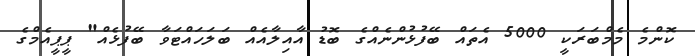
ކޮންމެ މެމްބަރަކީ 5000 އެތައް ބޭފުޅުންނެއްގެ ބޮޑު އާއިލާއެއް ބަލަހައްޓަވާ ބޭފުޅެއް" ޕީޕީއެމްގެ